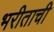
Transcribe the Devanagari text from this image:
भरीताची